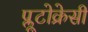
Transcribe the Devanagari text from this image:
प्लूटोक्रेसी